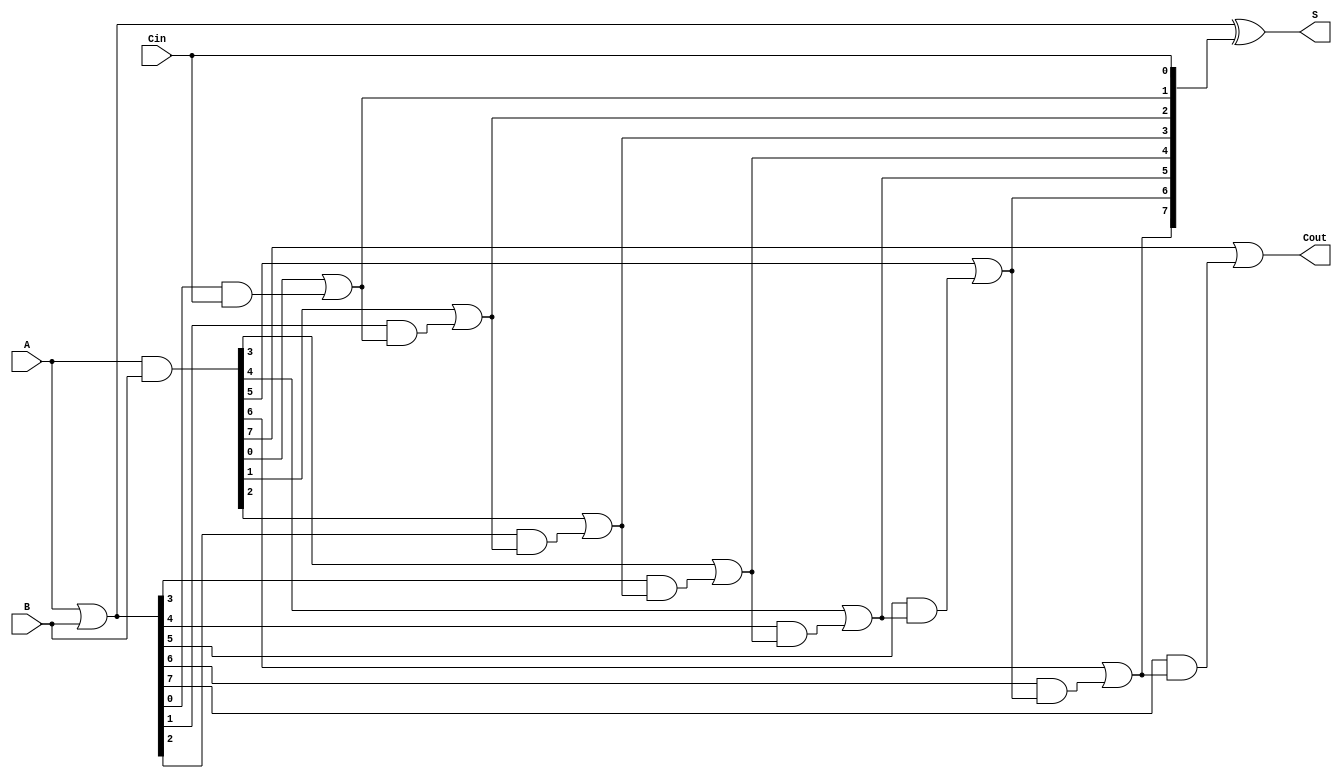
module VariableLatencyCLA #(parameter n = 8) (
    input  wire [n-1:0] A,      // First operand
    input  wire [n-1:0] B,      // Second operand
    input  wire Cin,             // Carry-in
    output wire [n-1:0] S,       // Sum output
    output wire Cout             // Carry-out
);

    // Generate and Propagate signals
    wire [n-1:0] G; // Generate
    wire [n-1:0] P; // Propagate
    wire [n:0] C;   // Carry signals

    // Generate and Propagate calculations
    assign G = A & B;          // Generate
    assign P = A | B;          // Propagate

    // Carry generation using hierarchical carry lookahead
    assign C[0] = Cin;         // Initial carry-in

    genvar i;
    generate
        for (i = 0; i < n; i = i + 1) begin : carry_generation
            assign C[i + 1] = G[i] | (P[i] & C[i]);
        end
    endgenerate

    // Sum calculation
    assign S = P ^ C[n-1:0];   // Sum output
    assign Cout = C[n];        // Final carry-out

endmodule